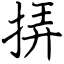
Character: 挵